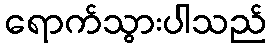
ရောက်သွားပါသည်